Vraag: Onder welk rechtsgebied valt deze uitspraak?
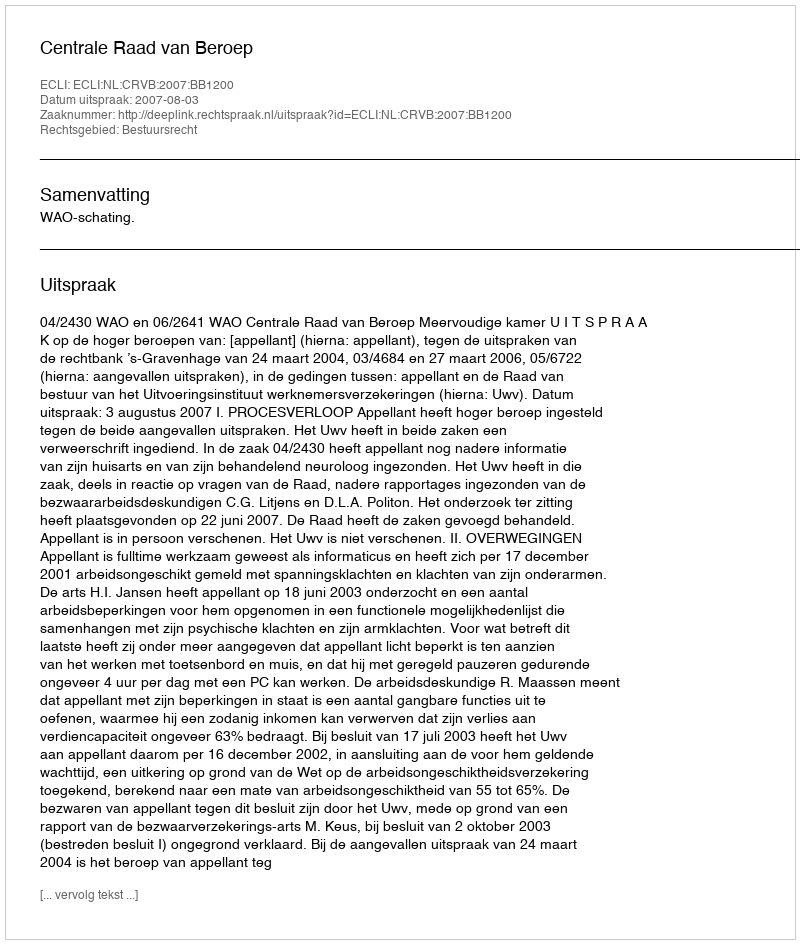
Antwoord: Bestuursrecht